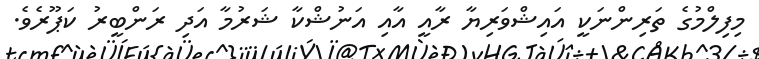
މިފިލްމުގެ ތަރިންނަކީ އައިޝްވަރިޔާ ރާއީ އާއި އަނުޝްކާ ޝަރުމާ އަދި ރަންބީރު ކަޕޫރެވެ.